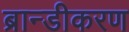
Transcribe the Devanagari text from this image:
ब्रान्डीकरण